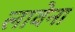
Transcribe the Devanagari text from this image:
लावेना